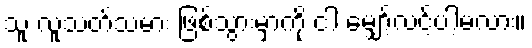
သူ လူသတ်သမား ဖြစ်သွားမှာကို ငါ မျှော့်လင့်ပါ့မလား။